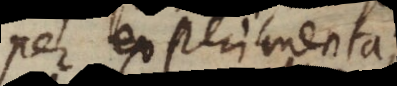
per experimenta;